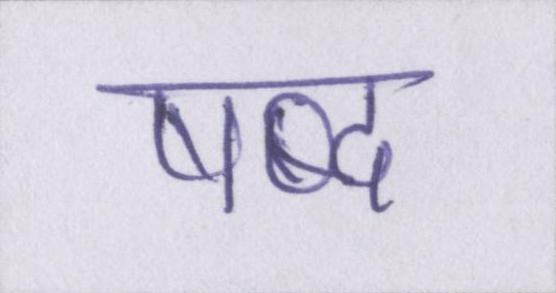
षब्द